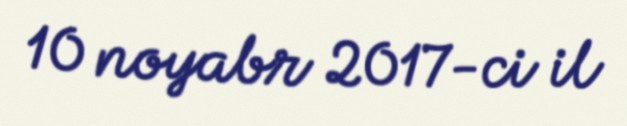
10 noyabr 2017-ci il